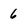
Character: 6